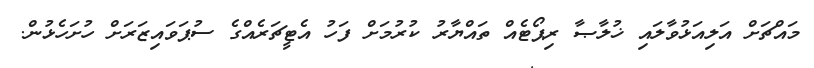
މައްޗަށް އަލިއަޅުވާލައި ޚުލާޞާ ރިޕޯޓެއް ތައްޔާރު ކުރުމަށް ފަހު އެޓީޗަރެއްގެ ސުޕަވައިޒަރަށް ހުށަހެޅުން.